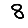
Digit: 8